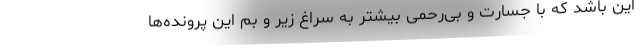
این باشد که با جسارت و بی‌رحمی بیشتر به سراغ زیر و بم این پرونده‌ها